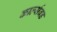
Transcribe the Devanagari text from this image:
कार्ल्सबड